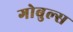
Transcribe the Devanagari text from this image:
गोबुल्स